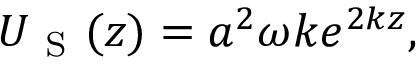
U _ { \mathrm { ~ S ~ } } ( z ) = a ^ { 2 } \omega k e ^ { 2 k z } ,